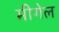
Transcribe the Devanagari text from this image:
मीगेल